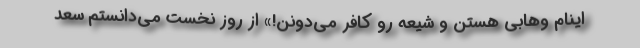
اینام وهابی هستن و شیعه رو کافر می‌دونن!» از روز نخست می‌دانستم سعد